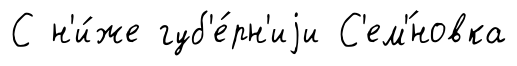
С н'и́же губ'е́рн'иjи С'ем'́новка